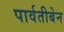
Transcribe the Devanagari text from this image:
पार्वतीबेन